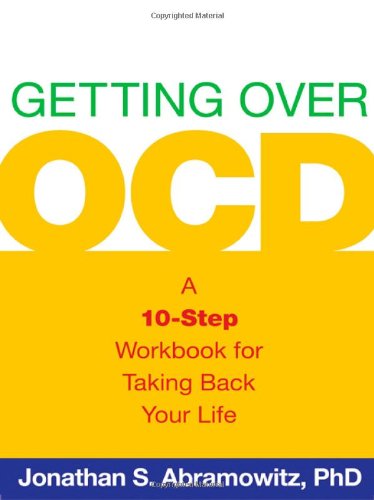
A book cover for Getting Over OCD: A 10-Step Workbook for Taking Back Your Life (Guilford Self-Help Workbook); Jonathan S. Abramowitz; Health, Fitness & Dieting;